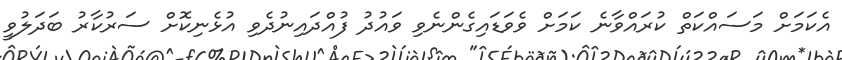
އެކަމަށް މަސައްކަތް ކުރައްވާނެ ކަމަށް ވެވަޑައިގެންނެވި ވައުދު ފުއްދައިނުދެވި އުޅެނިކޮށް ސަރުކާރު ބަދަލުވީ